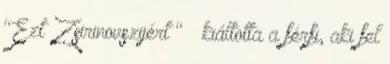
"Ezt Zsirinovszijért " – kiáltotta a férfi, aki fel